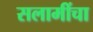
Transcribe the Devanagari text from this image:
सलामींचा